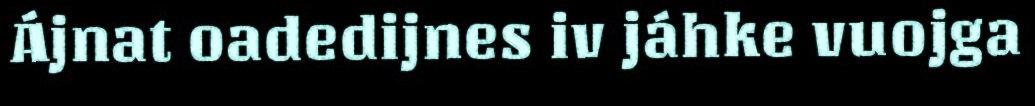
Ájnat oadedijnes iv jáhke vuojga